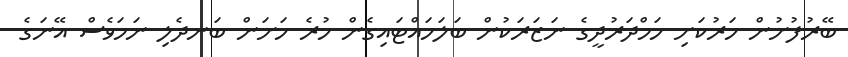
ބޭރުފުށުން ހަރުކަށި ހަމްދަރުދީގެ ނަޒަރަކުން ބަލަހައްޓައިގެން ހުރެ ހަށަން ބަނދެލި ނަމަވެސް އޭނަގެ